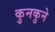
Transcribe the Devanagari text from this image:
कुनकुने